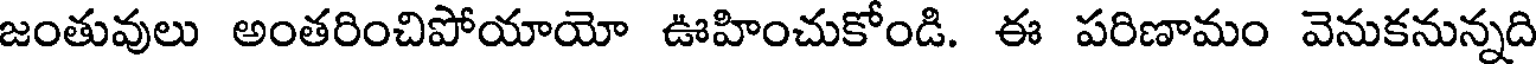
జంతువులు అంతరించిపోయాయో ఊహించుకోండి. ఈ పరిణామం వెనుకనున్నది